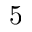
5